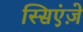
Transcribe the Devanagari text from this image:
स्सिएंज़े